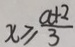
x \geq \frac { a + 2 } { 3 }